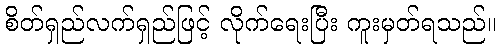
စိတ်ရှည်လက်ရှည်ဖြင့် လိုက်ရေးပြီး ကူးမှတ်ရသည်။